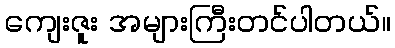
ကျေးဇူး အများကြီးတင်ပါတယ်။